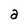
Character: a